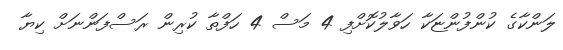
ލަންކާގެ ކުންފުންޏަކާ ހަވާލުކޮށްފި 4 މަސް 4 ހަފްތާ ކުރިން ރަސްފަންނަށް ކިޔާ